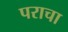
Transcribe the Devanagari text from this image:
पराचा